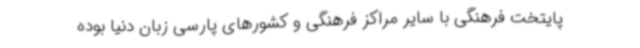
پایتخت فرهنگی با سایر مراکز فرهنگی و کشورهای پارسی‌ زبان دنیا بوده